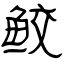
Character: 鲛